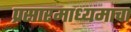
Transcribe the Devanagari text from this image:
प्रसारमाध्यमाचा